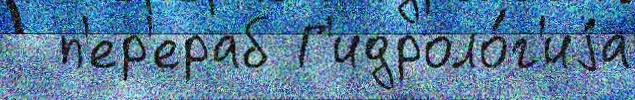
  п'ер'ераб Г'идроло́г'иjа